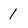
Character: 1